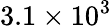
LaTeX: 3.1\times 10^{3}